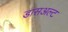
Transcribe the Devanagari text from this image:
डासअल्ट